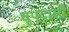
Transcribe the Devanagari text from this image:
धृपदाशी